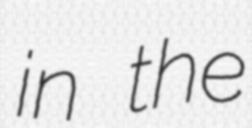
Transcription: in the